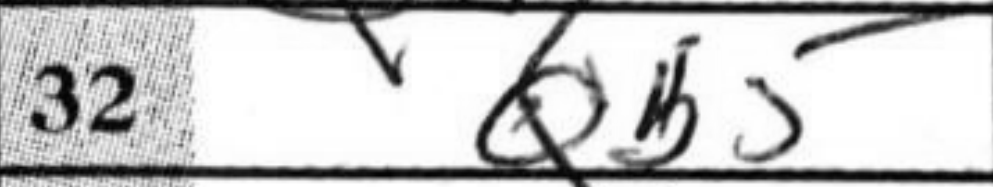
Transcription: Qb5